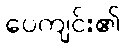
ပေကျင်း၏